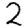
Digit: 2